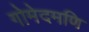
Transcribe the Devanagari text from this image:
गोमेदमणि